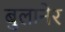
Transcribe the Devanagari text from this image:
बुलानेर